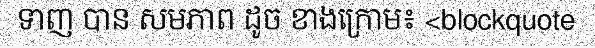
ទាញ បាន សមភាព ដូច ខាងក្រោម៖ <blockquote